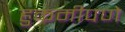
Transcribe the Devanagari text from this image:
हुकमीपणे